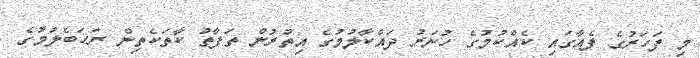
މި ފަހަރުގެ ފެއާގައި ކެއްކުމުގެ ހުނަރު ދައްކާލުމުގެ އިތުރުން ތަފާތު ކާތަކެތިން ރަހަބެލުމުގެ